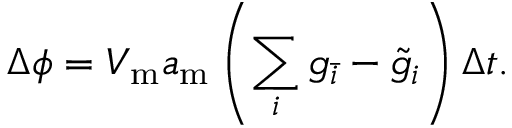
\Delta \phi = V _ { \mathrm { m } } a _ { \mathrm { m } } \left( \sum _ { i } g _ { \bar { i } } - \tilde { g } _ { i } \right) \Delta t .